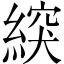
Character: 𦂽